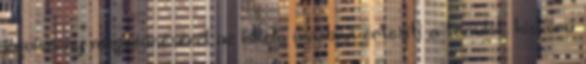
jogviszony megszűnéséről az iskola írásban értesíti a tanulót, kiskorú